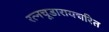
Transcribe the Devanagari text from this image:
रत्नचूडारायचरित